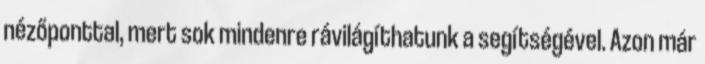
nézőponttal, mert sok mindenre rávilágíthatunk a segítségével. Azon már